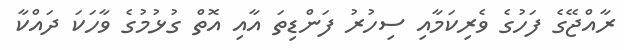
ރާއްޖޭގެ ފަހުގެ ވެރިކަމާއި ސިހުރު ފަންޑިތަ އާއި އޮތް ގުޅުމުގެ ވާހަކަ ދައްކާ